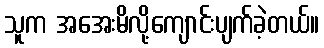
သူက အအေးမိလို့ကျောင်းပျက်ခဲ့တယ်။